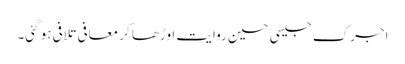
اجرک جیسی حسین روایت اوڑھا کر معافی تلافی ہو گئی۔